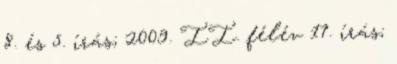
8. és 5. írás; 2009. II. félév 17. írás;